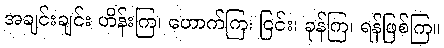
အချင်းချင်း ဟိန်းကြ၊ ဟောက်ကြ၊ ငြင်း၊ ခုန်ကြ၊ ရန်ဖြစ်ကြ။